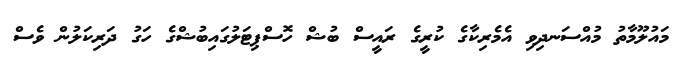
މައުލޫމާތު މުއްސަނދިވި އެމެރިކާގެ ކުރީގެ ރައީސް ބުޝް ހޮސްޕިޓަލުގައިބުޝްގެ ހަގު ދަރިކަލުން ވެސް